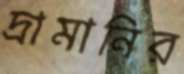
দ্রামানির